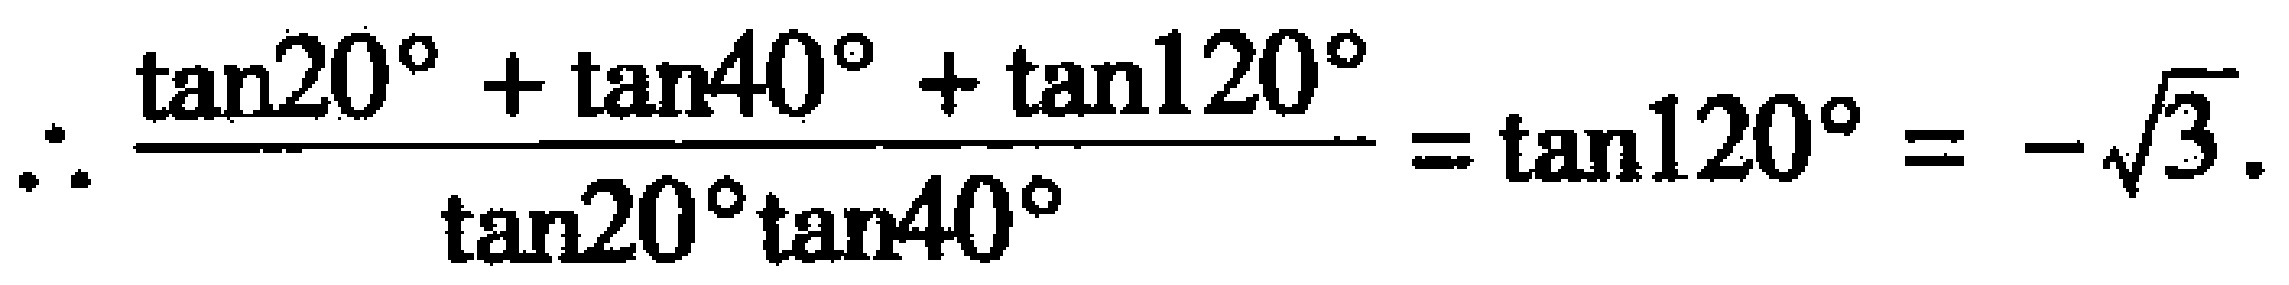
\(\therefore \frac{\tan20^{\circ}+\tan40^{\circ}+\tan120^{\circ}}{\tan20^{\circ}\tan40^{\circ}}=\tan120^{\circ}=-\sqrt{3}\).